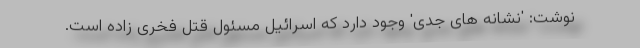
نوشت: 'نشانه های جدی' وجود دارد که اسرائیل مسئول قتل فخری زاده است.